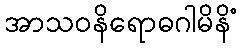
အာသဝနိရောဓဂါမိနိံ